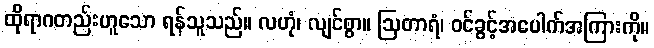
ထိုရာဂတည်းဟူသော ရန်သူသည်။ လဟုံ၊ လျင်စွာ။ ဩတာရံ၊ ဝင်ခွင့်အပေါက်အကြားကို။